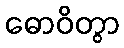
ဓောဝိတွာ